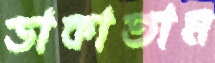
ডাকাতাম